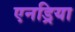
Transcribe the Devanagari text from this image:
एनड्रिया